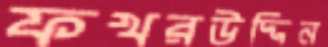
ফখরউদ্দিন